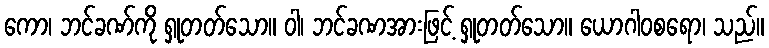
ကော၊ ဘင်ခဏ်ကို ရှုတတ်သော။ ဝါ၊ ဘင်ခဏအားဖြင့် ရှုတတ်သော။ ယောဂါဝစရော၊ သည်။